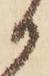
か